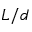
L / d